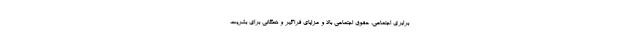
برابری اجتماعی، حقوق اجتماعی بالا و مزایای فراگیر و همگانی براي بشريت